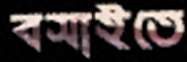
বসাইতে